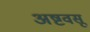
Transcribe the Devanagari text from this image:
अष्टवसू